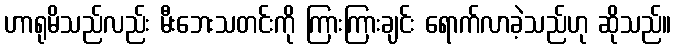
ဟာရုမိသည်လည်း မီးဘေးသတင်းကို ကြားကြားချင်း ရောက်လာခဲ့သည်ဟု ဆိုသည်။